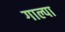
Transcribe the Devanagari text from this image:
गाल्पा